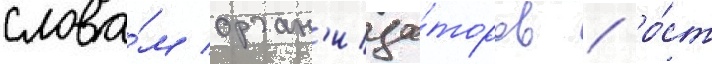
слова́м орган'иза́торов / ро́ст